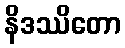
နိဒဿိတော